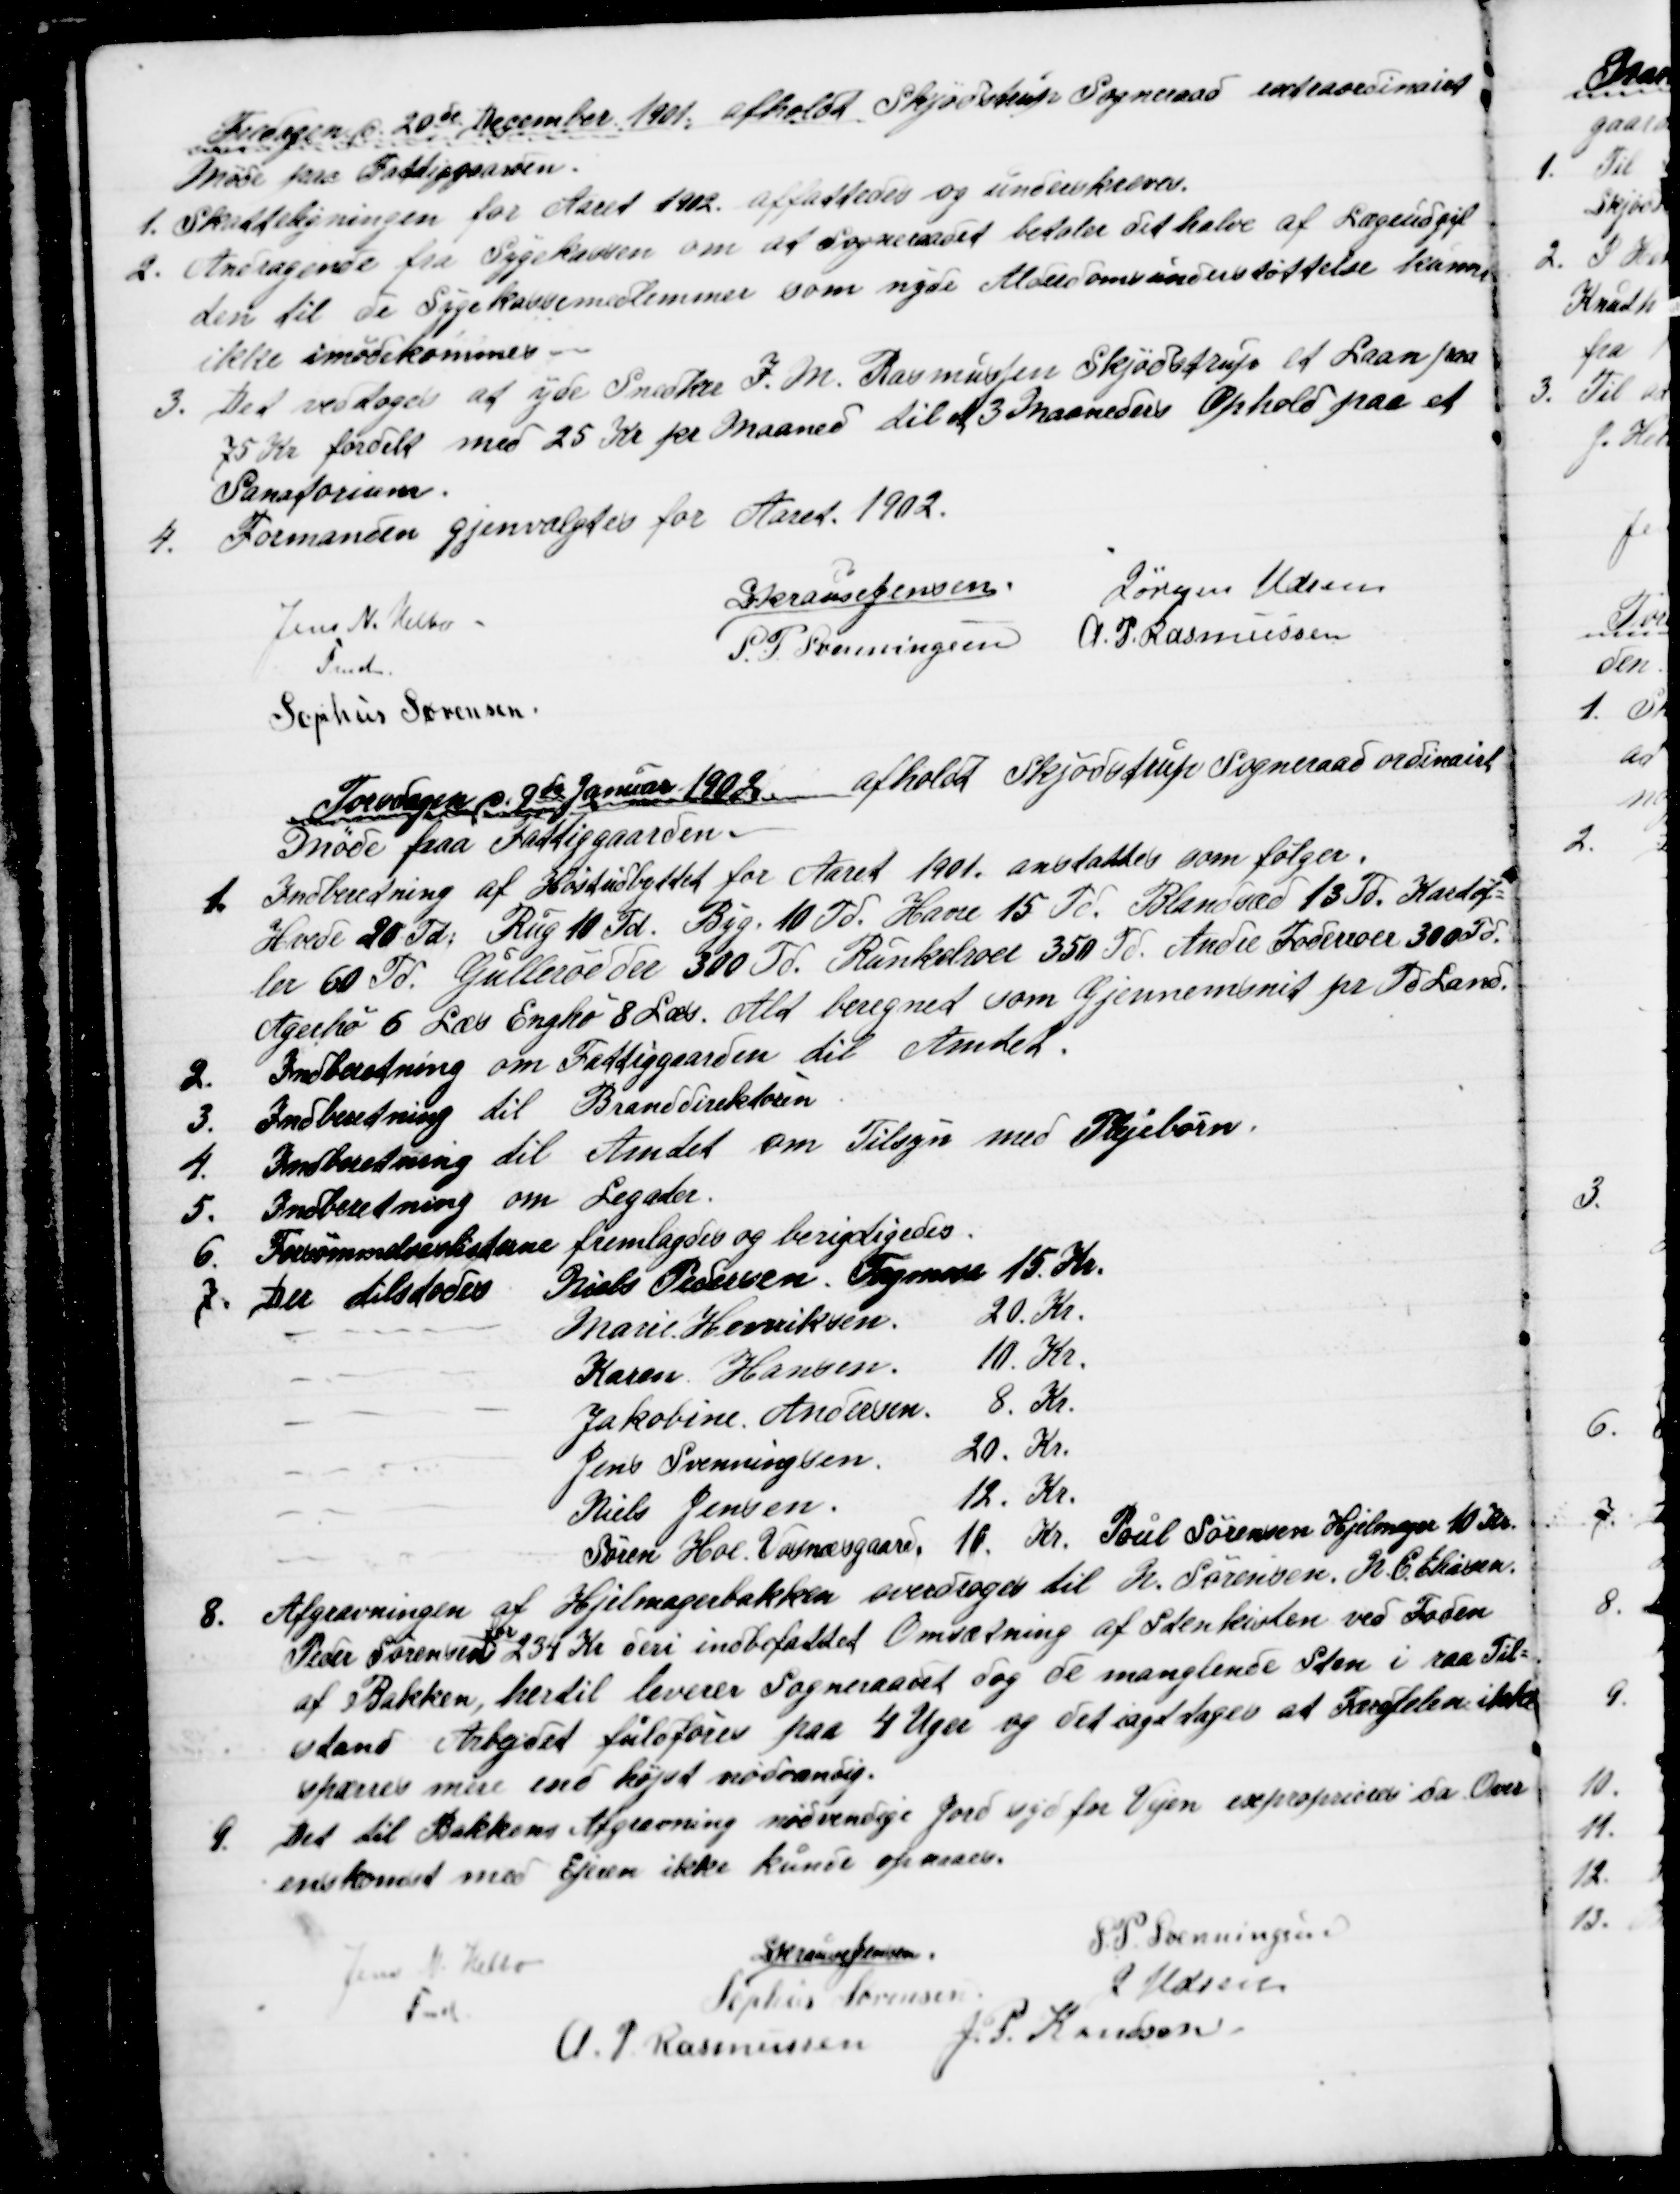
Transskription:
Fredagen d 20de December 1901 afholdt Skjødstrup Sogneraad extraordinairt
Møde paa Fattiggaarden.
1. Skatteligningen for Aaret 1902 affattedes og underskreves.
2.
Andragende fra Sygekassen om at sogneraadet betaler det halve af Lægeudgif
ten til de Sygekassemedlemmer som nyde Alderdomsunderstøttelse kunne
ikke imødekommes
3. Det vedtoges at yde Snedker I. M. Rasmussen Skjødstrup et Laan paa
75 Kr fordelt med 25 Kr pr Maaned til et 3 Maaneders Ophold paa et
Sanatorium.
4. 
Formanden gjenvalgtes for Aaret 1902.
Jens N. Helbo
Fmd.
S Krause Jensen.
Jørgen Udsen
S. P. Svenningsen
A. P. Rasmussen
Sophus Sørensen
Torsdagen d. 9de Januar 1902 afholdt Skjødstrup Sogneraad ordinairt
Møde paa Fattiggaarden.
1. Indberedning af Høstudbyttet for Aaret 1901. anstattes som følger.
Hvede 20 Td: Rug 10 Td. Byg. 10 Td. Havre 15 Td. Blandsæd 13 Td. Kartof=
ler 60 Td. Gullerrødder 300 Td. Runkelroer 350 Td. Andre Foderroer 300 Td.
Agerhø 6 Læs Enghø 8 Læs. Alt beregnet som Gjennemsnit pr Td Land.
2.
Indberetning om Fattiggaarden til Amtet.
3. 
Indberetning til Branddirektøren
4.
Indberetning til Amtet om Tilsyn med Plejebørn.
5.
Indberetning om Legater.
6. Forsømmelseslisterne fremlagdes og berigtigedes.
7. Der tilstodes
Niels Pedersen, Tagmose 15. Kr.
Marie Henriksen
20. Kr.
Karen Hansen.
10. Kr.
Jakobine Andersen
8. Kr.
Jens Svenningsen.
20. Kr.
Niels Jensen.
12. Kr.
Søren Hoe. Vosnæsgaard.
10. Kr. Poul Sørensen Hjelmager 10 Kr.
8. Afgravningen af Hjelmagerbakken overdroges til N. Sørensen. N. C. Eliasen.
Peder Sørensen 
for
234 Kr deri indbefattet Omsætning af Stenkisten ved Foden
af Bakken, hertil leverer Sogneraadet dog de manglende Sten i raa Til=
stand Arbejdet fuldføres paa 4 Uger og det iagttages at Færdselen ikke
spærres mere end højst nødvendig.
9. Det til Bakkens Afgravning nødvendige Jord ugdfor Vejen exproprieres da Over
enskomst med Ejeren ikke kunde opnaaes.
Jens N. Helbo
Fmd.
S Krause Jensen
S. P. Svenningsen
Sophus Sørensen
J Udsen
A. P. Rasmussen J. P. Knudsen